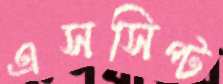
এসসিপ্ট